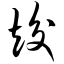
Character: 竣